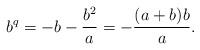
LaTeX: \begin{align*}b^q=-b-\frac{b^2}a=-\frac{(a+b)b}a.\end{align*}